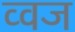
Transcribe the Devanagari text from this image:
व्वज